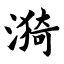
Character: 漪